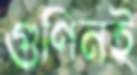
গুণিনই